Annual report of the Punjab Veterinary College and of the Civil Veterinary Department, Punjab - 1909-1919
Year: 1909
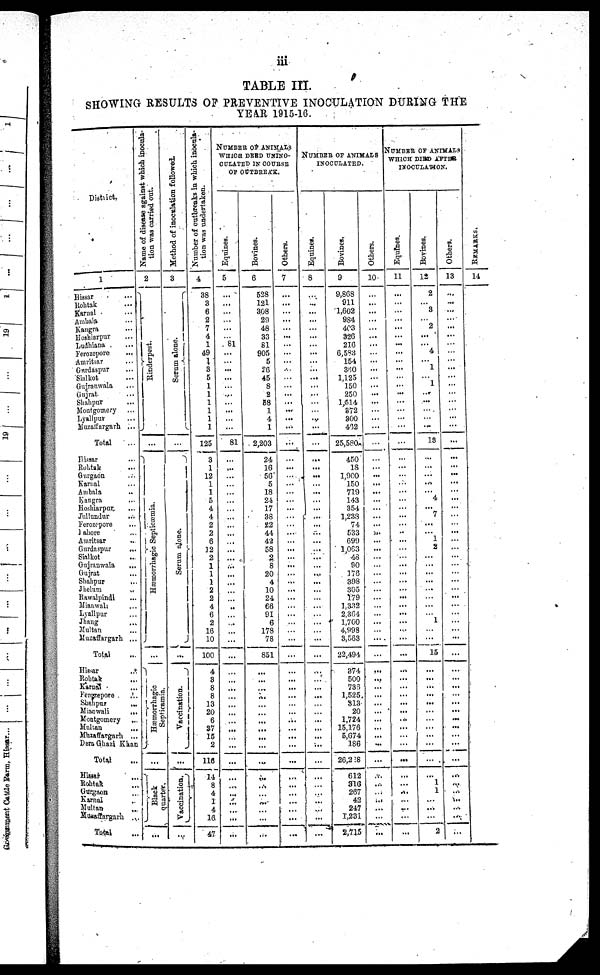
iii
TABLE III.
SHOWING RESULTS OF PREVENTIVE INOCULATION DURING THE
YEAR 1915-16.
District.
1
Hissar ...
Rohtak ...
Karnal ...
Ambala ...
Kangra ...
Hoshiarpur ...
Ludhiana ...
Ferozepore ...
Amritsar ...
Gnrdaspur ...
Sialkot ...
Gujranwala ...
Gujrat ...
Shahpur ...
Montgomery ...
Lyallpur ...
Muzaffargarh ...
Total
Hissar ...
Rohtak ...
Gurgaon ...
Karnal ...
Ambala ..
Kangra ...
Hoshiarpur ...
Jullundur ...
Ferozepore ...
Lahore ....
Amritsar ..
Gurdaspur ...
Sialkot ...
Gujranwala
...
Gujrat ...
Shahpur ...
Jhelum ..
Rawalpindi
Mianwali ...
Lyallpur ...
Jhang ...
Multan ...
Muzaffargarb ...
Total ...
Hissar ...
Rohtak ...
Karnal ...
Ferozepore ...
Shahpur
...
Mianwali ...
Montgomery
Mukan ...
Muzaffargarh ...
Dera Ghazi Khan
Total
Hissar ...
Rohtak
...
Gurgaon ...
Karnal ..
Mulian Muzaffargarh ...
Total
Name of disease against which inocula-
tion was carried out.
2
Rinderpest
Hæmorrhagic Septicæmia.
Hæmo r
r
h a g ic
Sept i
cami a.
...
Black
quarter.
...
Method of inoculation followed.
3
Se r
um alone.
Serum alone.
...
Va c c i
na t
i
on.
...
Vaccination.
...
Number of outbreaks in which inocula-
tion was undertaken.
4
38
3
6
2
7
4
1
49
...
3
5
1
1
1
1
1
1
125
3
1
12
1
1
5
4
4
2
2
6
12
2
1
1
1
2
2
4
6
2
16
10
100
4
3
8
8
13
20
6
S7
15
2
116
14
8
4
1
4
16
47
NUMBER OF ANIMALS
WHICH DEED UNINO-
CULATED IN COURSE
OF OUTBREAK.
Equines.
5
...
...
...
...
...
81
...
...
...
...
...
...
...
...
...
...
81
...
...
...
...
...
...
...
...
...
...
...
...
...
...
...
...
...
...
...
...
...
...
...
...
...
...
...
... ...
...
....
...
...
...
...
...
...
...
...
...
...
...
Bovines.
6
528
121
308
29
48
33
81
905
5
26
45
8
2
88
1
4
1
2,203
24
16
56
5
18
24
17
38
22
44
42
58
2
8
20
4
10
24
66
91
6
178
78
851
...
...
...
...
...
...
...
...
...
...
...
...
...
....
...
...
...
...
Others.
7
...
...
.....
...
...
...
......
...
.....
..
...
...
...
...
...
...
...
...
...
...
...
...
...
...
...
...
...
...
...
...
...
...
...
...
...
...
...
...
...
...
...
....
...
...
...
...
...
...
...
...
...
...
...
...
...
...
...
...
...
....
NUMBER OF ANIMALS
INOCULATED.
Equines.
8
...
...
...
...
...
...
...
...
...
...
...
...
...
...
...
...
...
...
...
...
...
...
...
... ...
...
...
...
...
...
...
...
...
...
...
...
...
...
...
...
...
...
...
...
...
... ...
...
... ...
...
...
...
..
...
...
...
...
...
...
Bovines.
9
9,868
911
1,602
984
403
326
216
6,583
154
380
1,125
150
250
1,514
372
300
432
25,580
450
18
1,900
150
719
143
354
1,233
74
533
699
1,063
48
90
176
398
305
179
1.332
2.364
1,760
4,998
3,563
22,494
374
500
736
1,525
313
20
1,724
15,176
5,674
186
26,228
612
316
267
42
247
1,231
2,745
Others.
10
..
...
...
...
...
...
...
...
...
...
......
....
...
...
...
...
....
...
...
...
...
...
...
...
...
...
...
......
.....
...
...
...
...
...
...
...
...
...
...
...
...
....
...
...
...
...
...
...
...
...
...
...
...
...
...
...
...
...
...
...
NUMBER OF ANIMALS
WHICH DIED AFTER
INOCULATION.
Equines.
11
...
...
...
...
...
...
...
...
...
..
...
...
...
...
...
..
...
...
...
...
...
...
...
...
...
...
...
...
...
...
...
...
...
...
...
...
...
...
....
...
...
...
...
...
...
...
...
...
...
...
...
...
...
...
...
...
...
...
...
Bovines.
12
2
...
3
...
2
...
...
4
...
1
...
1
...
...
... ...
...
13
...
...
...
...
...
4
... 7
...
...
1
2
...
...
...
...
...
...
...
...
1
...
...
15
...
...
...
...
...
...
...
...
..
...
...
...
1
1
...
...
...
2
Others.
13
...
...
...
...
...
...
...
...
...
...
....
....
...
....
...
...
..
...
...
...
...
...
...
...
...
...
...
...
...
...
...
...
...
...
...
...
...
...
...
...
...
...
...
...
...
...
...
...
...
...
...
...
...
...
...
...
...
...
REMARKS.
14